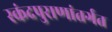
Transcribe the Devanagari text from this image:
स्कंदपुराणांतर्गत